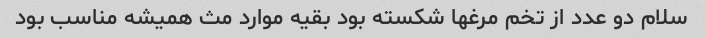
سلام دو عدد از تخم مرغها شکسته بود بقیه موارد مث همیشه مناسب بود